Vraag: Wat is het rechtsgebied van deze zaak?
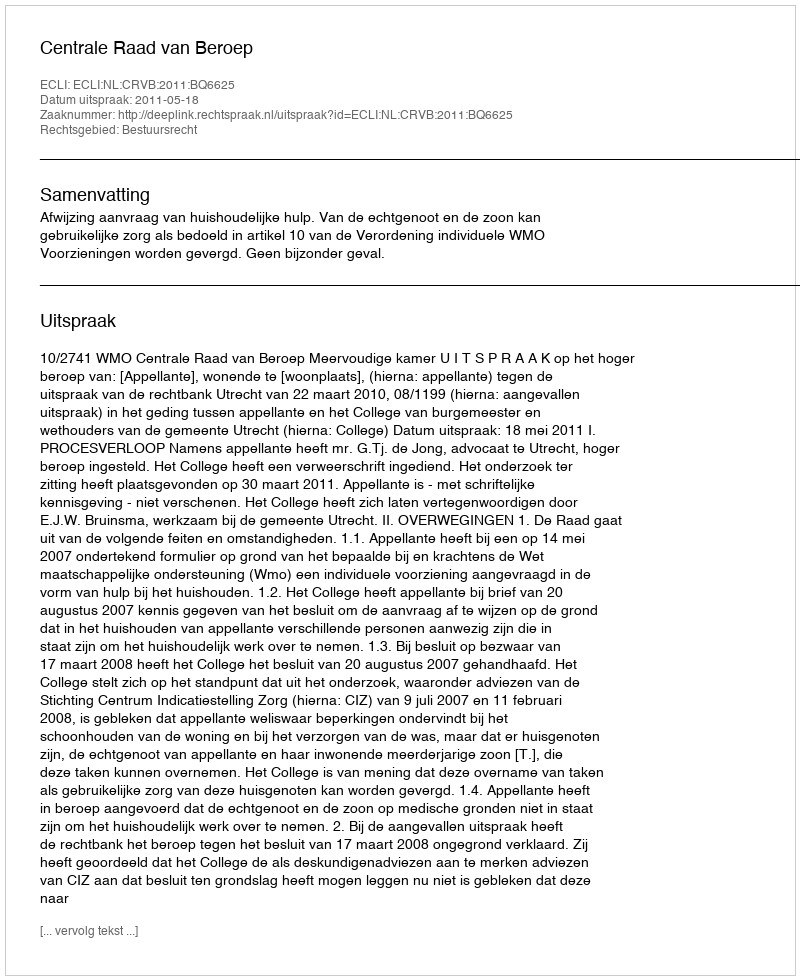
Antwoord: Bestuursrecht